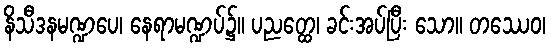
နိသီဒနမဏ္ဍပေ၊ နေရာမဏ္ဍပ်၌။ ပညတ္ထေ၊ ခင်းအပ်ပြီး သော။ တဿေဝ၊